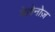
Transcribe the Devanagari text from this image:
बेल्लेनोज़